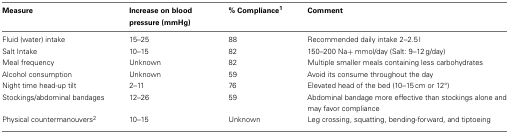
<table><thead><tr><td><b>Measure</b></td><td><b>Increase on blood pressure (mmHg)</b></td><td><b>% Compliance<sup>1</sup></b></td><td><b>Comment</b></td></tr></thead><tbody><tr><td>Fluid (water) intake</td><td>15–25</td><td>88</td><td>Recommended daily intake 2–2.5 l</td></tr><tr><td>Salt Intake</td><td>10–15</td><td>82</td><td>150–200 Na+ mmol/day (Salt: 9–12 g/day)</td></tr><tr><td>Meal frequency</td><td>Unknown</td><td>82</td><td>Multiple smaller meals containing less carbohydrates</td></tr><tr><td>Alcohol consumption</td><td>Unknown</td><td>59</td><td>Avoid its consume throughout the day</td></tr><tr><td>Night time head-up tilt</td><td>2–11</td><td>76</td><td>Elevated head of the bed (10–15 cm or 12°)</td></tr><tr><td>Stockings/abdominal bandages</td><td>12–26</td><td>59</td><td>Abdominal bandage more effective than stockings alone and may favor compliance</td></tr><tr><td>Physical countermanouvers<sup>2</sup></td><td>10–15</td><td>Unknown</td><td>Leg crossing, squatting, bending-forward, and tiptoeing</td></tr></tbody></table>